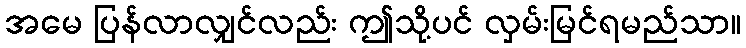
အမေ ပြန်လာလျှင်လည်း ဤသို့ပင် လှမ်းမြင်ရမည်သာ။